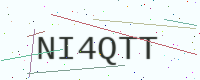
Text: NI4QTT